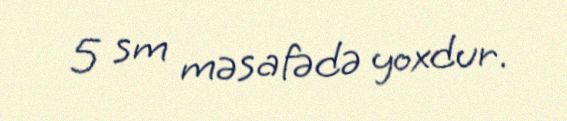
5 sm məsafədə yoxdur.